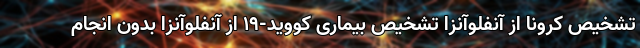
تشخیص کرونا از آنفلوآنزا تشخیص بیماری کووید-۱۹ از آنفلوآنزا بدون انجام